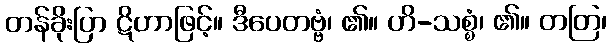
တန်ခိုးပြာ ဋိဟာဖြင့်။ ဒီပေတဗ္ဗံ၊ ၏။ ဟိ-သစ္စံ၊ ၏။ တတြ၊